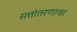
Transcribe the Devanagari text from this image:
सत्तांतरणावर